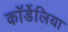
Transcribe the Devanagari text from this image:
कॉर्डेलिया